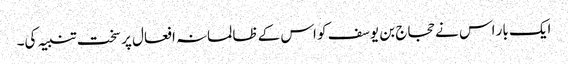
ایک بار اس نے حجاج بن یوسف کو اس کے ظالمانہ افعال پر سخت تنبیہ کی۔